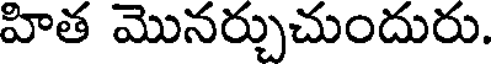
హిత మొనర్చుచుందురు.